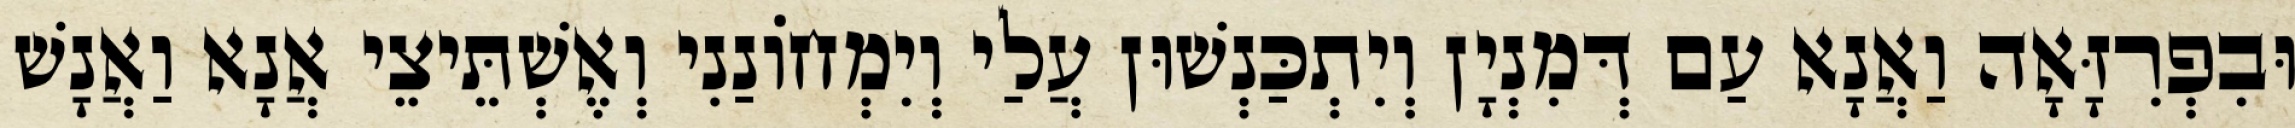
וּבִפְרִזָּאָה וַאֲנָא עַם דְּמִנְיָן וְיִתְכַּנְשׁוּן עֲלַי וְיִמְחוֹנַנִי וְאֶשְׁתֵּיצֵי אֲנָא וַאֲנָשׁ